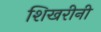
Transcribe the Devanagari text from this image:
शिखरीनी